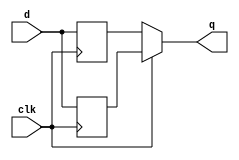
module top_module (
    input clk,
    input d,
    output q
);

    reg q1,q2;
    
    always@(posedge clk)
        q1 <= d;
    always@(negedge clk)
        q2 <= d;
    
    assign q = clk? q1:q2;
    
endmodule